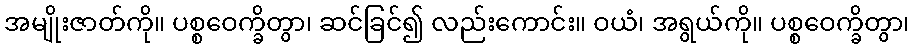
အမျိုးဇာတ်ကို။ ပစ္စဝေက္ခိတွာ၊ ဆင်ခြင်၍ လည်းကောင်း။ ဝယံ၊ အရွယ်ကို။ ပစ္စဝေက္ခိတွာ၊